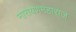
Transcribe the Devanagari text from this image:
नारायणमहाराज